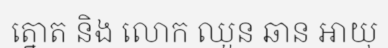
ត្នោត និង លោក ឈួន ឆាន អាយុ